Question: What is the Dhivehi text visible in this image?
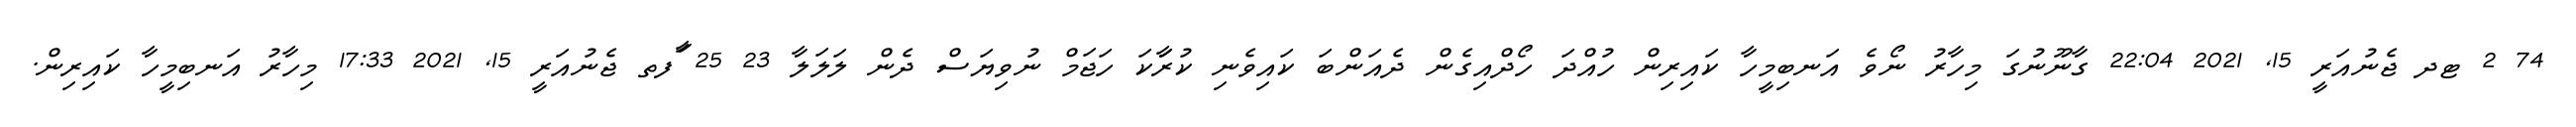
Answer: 74 2 ޓދ ޖެނުއަރީ 15, 2021 22:04 ގާނޫނުގަ މިހާރު ނޯވެ އަނބިމީހާ ކައިރިން ހުއްދަ ހޯދްއިގެން ދެއަންބަ ކައިވެނި ކުރަާކަ ހަޖަމް ނުވިޔަސް ދެން ލަލަލާ 23 25 ާަފތ ޖެނުއަރީ 15, 2021 17:33 މިހާރު އަނބިމީހާ ކައިރިން.